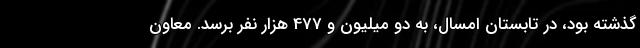
گذشته بود، در تابستان امسال، به دو میلیون و 477 هزار نفر برسد. معاون